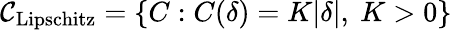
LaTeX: {\mathcal{C}}_{\mathrm{Lipschitz}}=\{ C:C(\delta)=K|\delta|,\ K>0\}